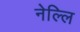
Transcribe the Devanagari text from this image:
नेल्लि